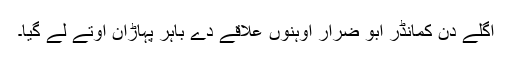
اگلے دن کمانڈر ابو ضرار اوہنوں علاقے دے باہر پہاڑان اوتے لے گیا۔